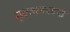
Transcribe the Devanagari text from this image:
सुल्तानशारी